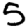
Digit: 5